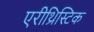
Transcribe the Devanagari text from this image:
एरीथ्रिस्टिक